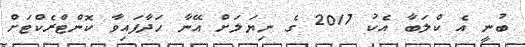
ބުނީ އެ ކްލަބާ އެކު 2017 ގެ ނިޔަލަށް އޭނާ ހަދާފައިވާ ކޮންޓްރެކްޓަށް